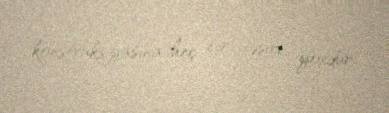
konstruksiyasına heç bir təsiri yoxdur.